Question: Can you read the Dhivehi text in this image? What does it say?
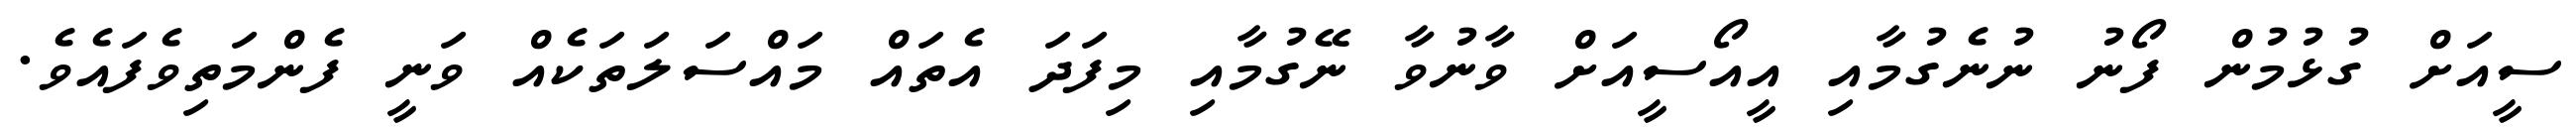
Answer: ސީއަށް ގުޅުމުން ފޯނު ނުނެގުމާއި އީއޯސީއަށް ވާނުވާ ނޭގުމާއި މިފަދަ އެތައް މައްސަލަތަކެއް ވަނީ ފެންމަތިވެފައެވެ.